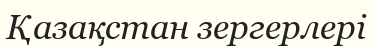
Қазақстан зергерлері